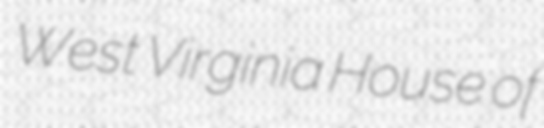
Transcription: West Virginia House of